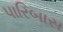
પારિબાસ